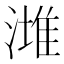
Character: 𣼭